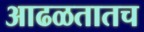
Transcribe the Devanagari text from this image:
आढळतातच